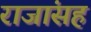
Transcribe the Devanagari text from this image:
राजांसह